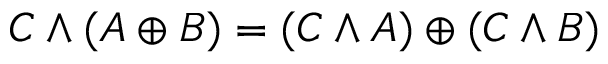
C \land ( A \oplus B ) = ( C \land A ) \oplus ( C \land B )